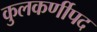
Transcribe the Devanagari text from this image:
कुलकर्णीपद